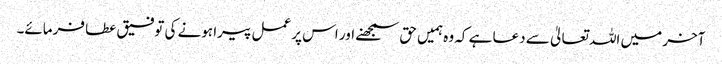
آخر میں اللہ تعالیٰ سے دعا ہے کہ وہ ہمیں حق سمجھنے اور اس پر عمل پیرا ہونے کی توفیق عطا فرمائے۔